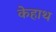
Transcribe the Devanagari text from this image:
केहाथ